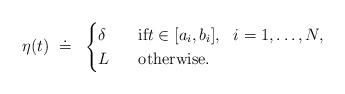
LaTeX: \begin{align*}\eta(t)~\doteq~\begin{cases} \delta\quad&\hbox{if} t\in [a_i, b_i], ~~i=1,\ldots,N,\\L&\hbox{otherwise.}\end{cases}\end{align*}